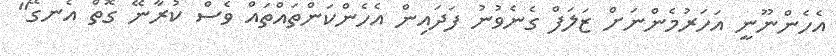
އެހެންނޫނީ އަހަރުމެންނަށް ޒަލަފް ގެނެވުނު ފަދައިން އެހެންކަންތައްތައް ވެސް ކުރާނޭ ގޮތް އެނގޭ"